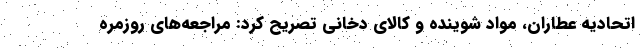
اتحادیه عطاران، مواد شوینده و کالای دخانی تصریح کرد: مراجعه‌های روزمره